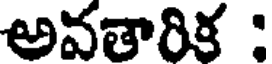
అవతారిక :